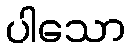
ပါသော